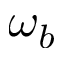
\omega _ { b }